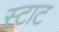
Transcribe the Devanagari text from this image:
स्टाट